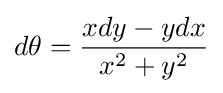
d\theta ={\frac {xdy-ydx}{x^{2}+y^{2}}}